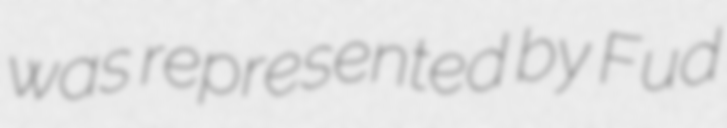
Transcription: was represented by Fud